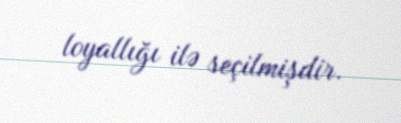
loyallığı ilə seçilmişdir.